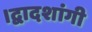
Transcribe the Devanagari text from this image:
।द्वादशांगी